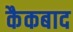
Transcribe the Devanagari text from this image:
कैकबाद